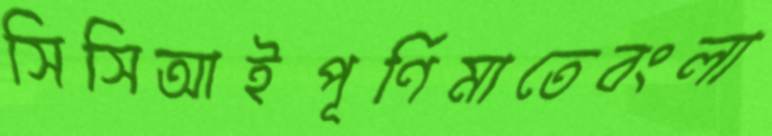
সিসিআইপূর্ণিমাতেবংলা